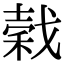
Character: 𢧺